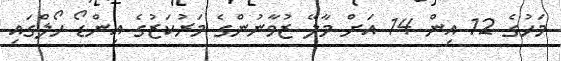
މަހުގެ 12 އިން 14 އަށް މާލޭ ޒުވާނުންގެ މަރުކަޒުގެ އިންޑޯ ހޯލްގައި